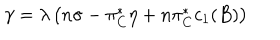
LaTeX: \gamma = \lambda \left( n \sigma - \pi _ { C } ^ { * } \eta + n \pi _ { C } ^ { * } c _ { 1 } ( B ) \right)